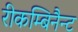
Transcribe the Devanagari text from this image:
रीकम्बिनैन्ट